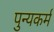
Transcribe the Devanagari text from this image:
पुन्यकर्म